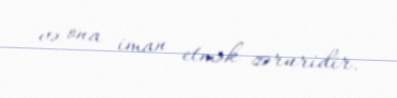
və ona iman etmək zəruridir.